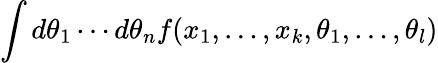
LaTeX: \int d\theta_{1}\cdots d\theta_{n}f(x_{1},\ldots,x_{k},\theta_{1},\ldots,\theta_{l})